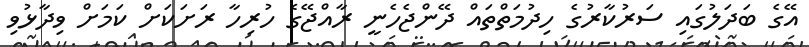
އޭގެ ބަދަލުގައި ސަރުކާރުގެ ހިދުމަތްތައް ދޭންޖެހެނީ ރާއްޖޭގެ ހުރިހާ ރަށަކަށް ކަމަށް ވިދާޅުވި